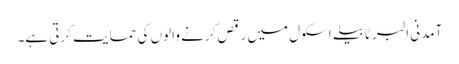
آمدنی البرٹا بیلے اسکول میں رقص کرنے والوں کی حمایت کرتی ہے۔